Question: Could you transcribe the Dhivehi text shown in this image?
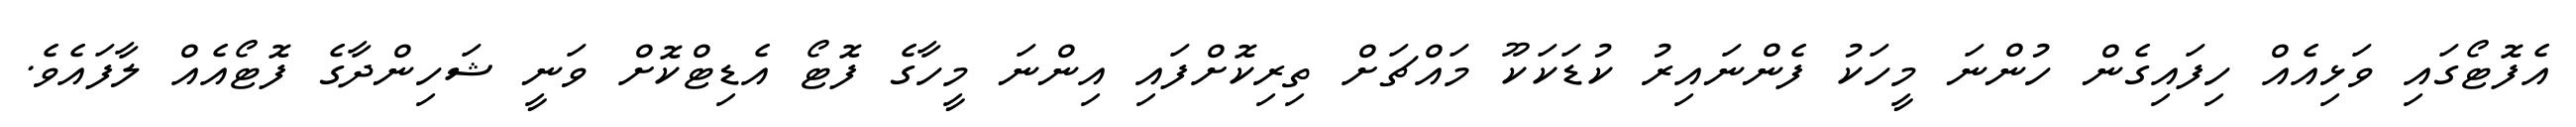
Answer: އެފޮޓޯގައި ވަޅިއެއް ހިފައިގެން ހުންނަ މީހަކު ފެންނައިރު ކުޑަކަކޫ މައްޗަށް ތިރިކޮށްފައި އިންނަ މީހާގެ ފޮޓޯ އެޑިޓްކޮށް ވަނީ ޝަހިންދާގެ ފޮޓޯއެއް ލާފައެވެ.